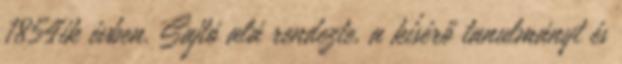
1854ik évben. Sajtó alá rendezte, a kísérő tanulmányt és